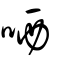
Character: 哂